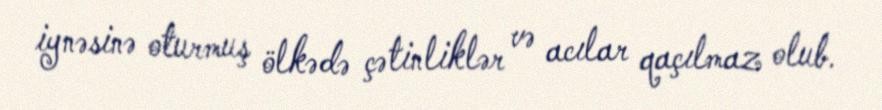
iynəsinə oturmuş ölkədə çətinliklər və acılar qaçılmaz olub.